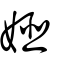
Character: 姬